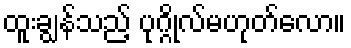
ထူးချွန်သည့် ပုဂ္ဂိုလ်မဟုတ်လော။